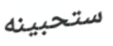
ستحبينه